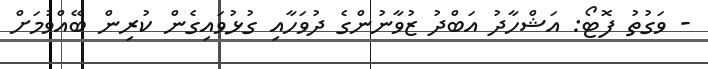
- ވަގުތު ފޮޓޯ: އަޝްހާދު އަބްދު ޒުވާނުންގެ ދުވަހާއި ގުޅުވައިގެން ކުރިން ބޭއްވުމަށް